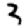
Digit: 3